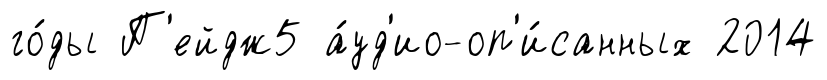
го́ды П'ейдж5 а́уд'ио-оп'и́санных 2014